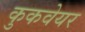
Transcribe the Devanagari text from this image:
कुकवेयर